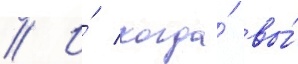
// И́ когда́ вы́